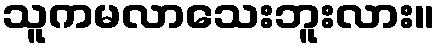
သူကမလာသေးဘူးလား။